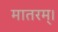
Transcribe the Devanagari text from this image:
मातरम्‌।